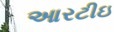
આરટીઇ